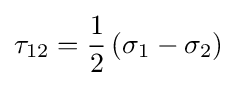
{\tau _{12}}={\frac {1}{2}}\left({{\sigma _{1}}-{\sigma _{2}}}\right)